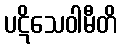
ပဋိသေဝါမီတိ